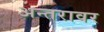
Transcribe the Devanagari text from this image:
अन्तरावर